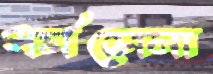
ধর্মসেনা